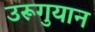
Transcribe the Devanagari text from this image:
उरूगुयान